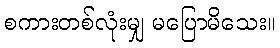
စကားတစ်လုံးမျှ မပြောမိသေး။